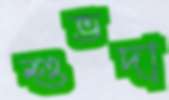
শুভদা